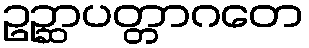
ဥဉ္ဆာပတ္တာဂတေ